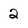
Character: 2